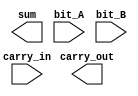
`timescale 1ns / 1ps

//////////////////////////////////////////////////////////////////////////////////
// ACS
// Computer Design 1
//  
// Module Name:  		full_adder
// Project Name:		Laborator 6
// Target Devices: 		Digilent Nexys 3
//////////////////////////////////////////////////////////////////////////////////

module full_adder(
		output sum,
		output carry_out,
		input bit_A,
		input bit_B,
		input carry_in
    );
	
	// TODO 1.4: Implementati un full-adder folosind dou instante ale modulului half-adder creat anterior.

endmodule